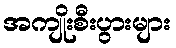
အကျိုးစီးပွားများ